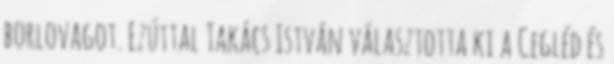
borlovagot. Ezúttal Takács István választotta ki a Cegléd és